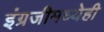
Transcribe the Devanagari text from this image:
इंग्रजीमध्येही